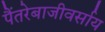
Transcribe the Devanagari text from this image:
पैंतरेबाजीवर्साय